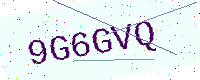
Text: 9G6GVQ